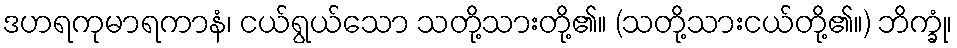
ဒဟရကုမာရကာနံ၊ ငယ်ရွယ်သော သတို့သားတို့၏။ (သတို့သားငယ်တို့၏။) ဘိက္ခုံ၊